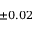
\pm 0 . 0 2